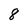
Character: 8